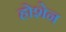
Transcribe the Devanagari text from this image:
होशेन